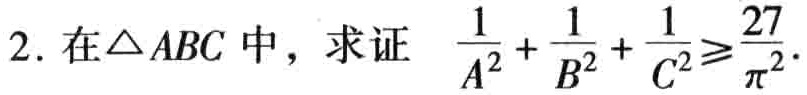
2. 在\(\triangle ABC\)中，求证 \(\frac{1}{A^{2}}+\frac{1}{B^{2}}+\frac{1}{C^{2}}\geqslant\frac{27}{\pi^{2}}\)